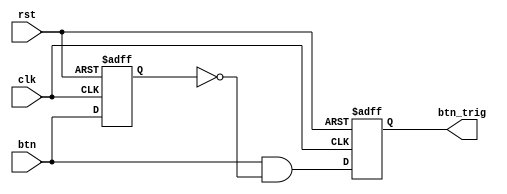
`timescale 1ns / 1ps
module oneshot_universal(clk, rst, btn, btn_trig);

parameter WIDTH = 1;
input clk, rst;
input [WIDTH-1:0] btn;
reg [WIDTH-1:0] btn_reg;
output reg [WIDTH-1:0] btn_trig;

always @(negedge rst or posedge clk) begin
   if(!rst) begin
      btn_reg <= {WIDTH{1'b0}};
      btn_trig <= {WIDTH{1'b0}};
   end
   else begin
      btn_reg <= btn;
      btn_trig <= btn & ~btn_reg;
   end
end
endmodule